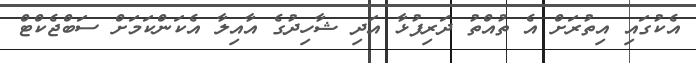
އެކުގައި އިތުރަށް އެ ތުއްތު ދަރިފުޅާ އަދި ޝާހިދުގެ އާއިލާ އެކަންކަމަށް ސަބްޖެކްޓް